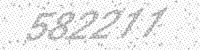
Solution: 582211